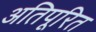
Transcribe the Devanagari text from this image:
अतिपूरित